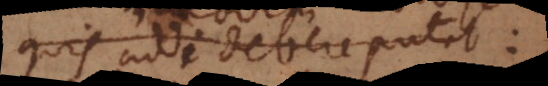
quis addi debere putet: